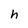
Character: h